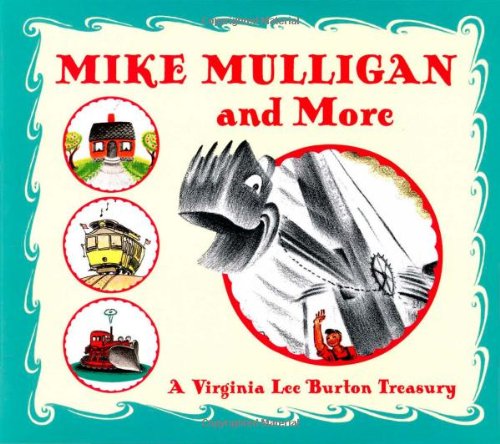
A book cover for Mike Mulligan and More: Four Classic Stories by Virginia Lee Burton; Virginia Lee Burton; Children's Books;